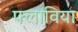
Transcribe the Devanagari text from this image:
फ्लाविया